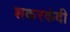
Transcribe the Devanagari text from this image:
शकरकंदी